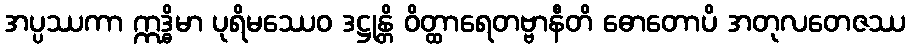
အပ္ပဿကာ ဣဒ္ဓိမာ ပုရိမဿေဝ ဒဋ္ဌုန္တိ ဝိတ္ထာရေတဗ္ဗာနီတိ ဓောတောပိ အတုလတေဇဿ